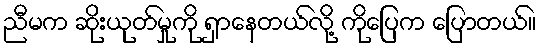
ညီမက ဆိုးယုတ်မှုကို ရှာနေတယ်လို့ ကိုပြေက ပြောတယ်။